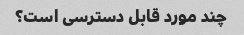
چند مورد قابل دسترسی است؟